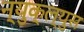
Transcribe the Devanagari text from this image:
न्युक्ल्युस